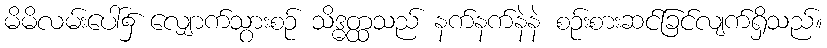
မိမိလမ်းပေါ်၌ လျှောက်သွားစဉ် သိဒ္ဓတ္ထသည် နက်နက်နဲနဲ စဉ်းစားဆင်ခြင်လျက်ရှိသည်။